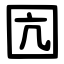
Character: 囥